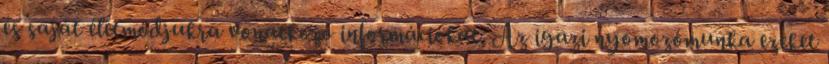
és saját életmódjukra vonatkozó információkat. Az igazi nyomozómunka ezeket